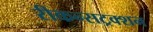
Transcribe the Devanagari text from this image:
रीकन्सट्रक्शन